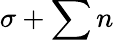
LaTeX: \sigma+\sum n